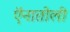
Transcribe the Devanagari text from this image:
ऍनातोली